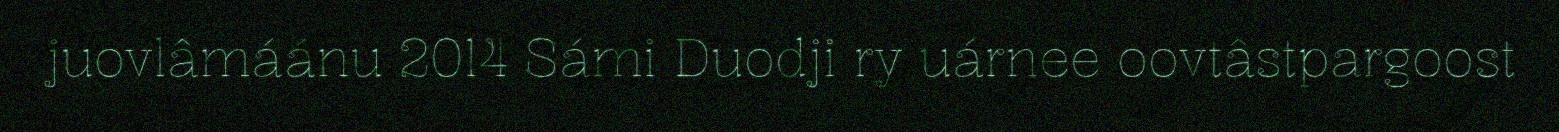
juovlâmáánu 2014 Sámi Duodji ry uárnee oovtâstpargoost